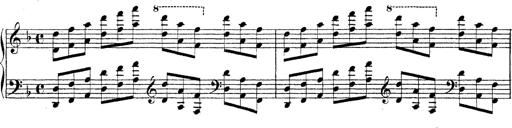
Title: Technische Studien
Composer: Franz Liszt